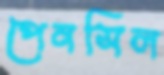
পেনসিল